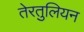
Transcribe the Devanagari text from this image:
तेरतुलियन